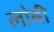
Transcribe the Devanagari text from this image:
ला॓बी